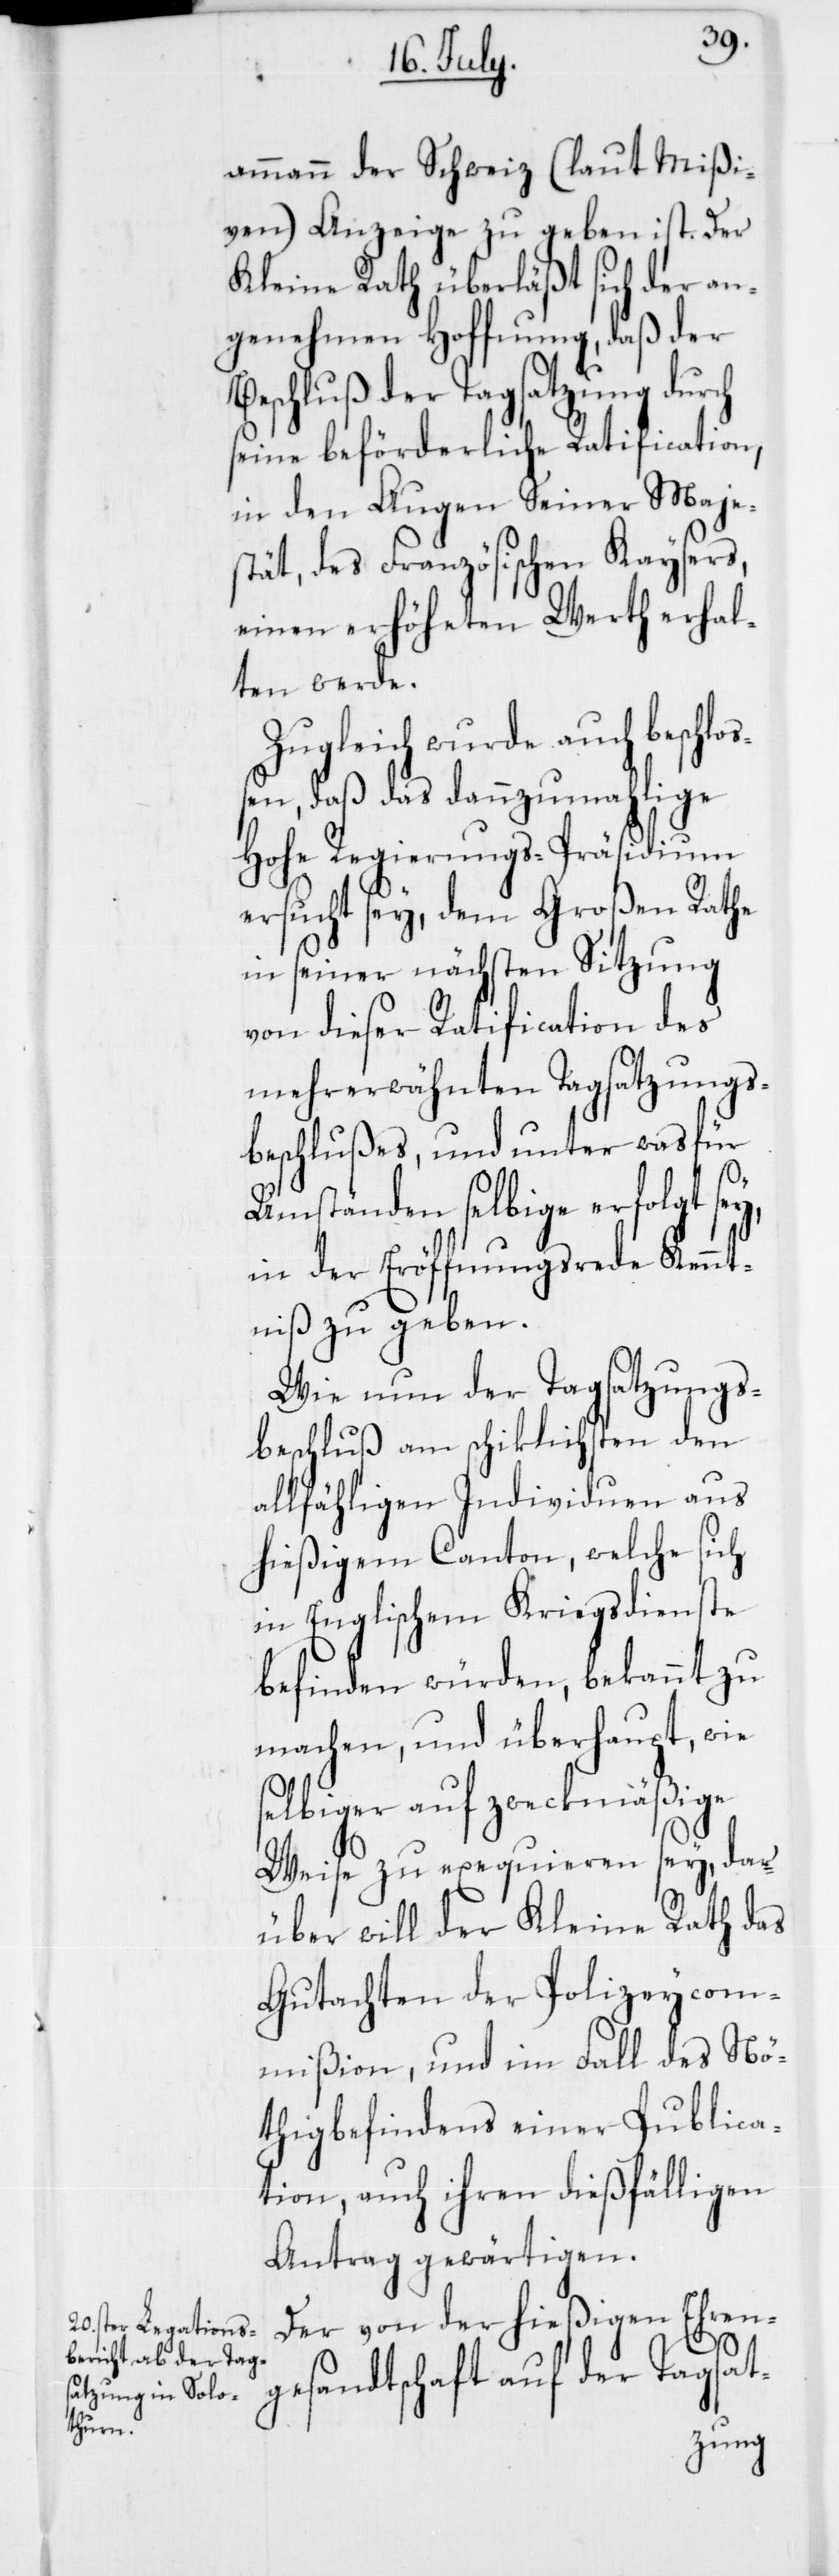
erhal¬

ammann der Schweiz (laut Mißi¬
ven) Anzeige zu geben ist. Der
Kleine Rath überläßt sich der an¬
genehmen Hoffnung, daß der
Beschluß der Tagsatzung durch
seine beförderliche Ratification,
in den Augen Seiner Maje¬
stät, des Französischen Kay¬
einen erhöheten Werth
ten werde.
Zugleich wurde auch besc¬
loßen, daß das dannzumahlige
Hohe Regierungs-Präsidium
ersucht sey, dem Großen Rathe
in seiner nächsten Sitzung
von dieser Ratification des
mehrerwähnten Tagsatzungs¬
beschlußes, und unter was für
Umständen selbige erfolgt se¬
in der Eröffnungsrede Kennt¬
niß zu geben.
Wie nun der Tagsatzung¬
beschluß am schiklichsten den
allfälligen Individuen aus
hießigem Canton, welche sich
te
in Englischem Kriegsdie¬
befinden würden, bekannt zu
machen, und überhaupt, wie
selbiger auf zweckmäßige
Weise zu exequieren sey, dar¬
über will der Kleine Rath das
Gutachten der Polizeycom¬
mißion, und im Fall des Nö¬
thigbefindens einer Publica¬
tion, auch ihren dießfälligen
Antrag gewärtigen.
Der von der hießigen Ehren¬
gesandtschaft auf der Tagsat-